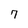
Character: 7